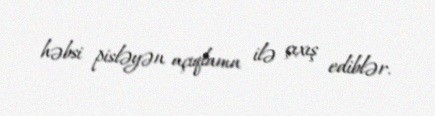
həbsi pisləyən açıqlama ilə çıxış ediblər.